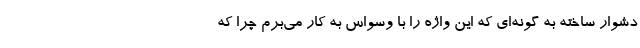
دشوار ساخته به گونه‌ای که این واژه را با وسواس به کار می‌برم چرا که